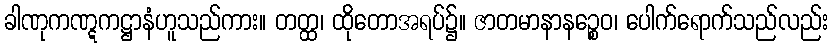
ခါဏုကဏ္ဋကဋ္ဌာနံဟူသည်ကား။ တတ္ထ၊ ထိုတောအရပ်၌။ ဇာတမာနာနဉ္စေဝ၊ ပေါက်ရောက်သည်လည်း